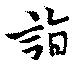
詣